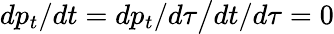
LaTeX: dp_{t}/dt=dp_{t}/d\tau{\big/}dt/d\tau=0